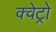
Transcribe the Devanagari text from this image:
क्वेट्रो